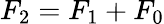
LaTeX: F_{2}=F_{1}+F_{0}